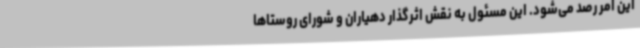
این امر رصد می‌شود. این مسئول به نقش اثرگذار دهیاران و شورای روستاها